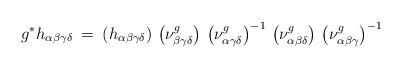
LaTeX: \begin{align*}g^* h_{\alpha \beta \gamma \delta} \: = \: \left( h_{\alpha \beta \gamma\delta} \right) \, \left( \nu^g_{\beta \gamma \delta} \right) \, \left( \nu^g_{\alpha \gamma \delta} \right)^{-1} \,\left( \nu^g_{\alpha \beta \delta} \right) \,\left( \nu^g_{\alpha \beta \gamma} \right)^{-1}\end{align*}